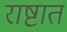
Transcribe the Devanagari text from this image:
राष्टात